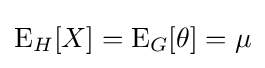
\operatorname {E} _{H}[X]=\operatorname {E} _{G}[\theta ]=\mu